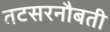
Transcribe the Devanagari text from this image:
तटसरनौबती